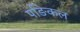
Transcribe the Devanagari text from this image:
पङिकल